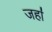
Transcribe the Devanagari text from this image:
जहा॑